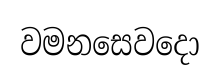
වමනසෙවදො